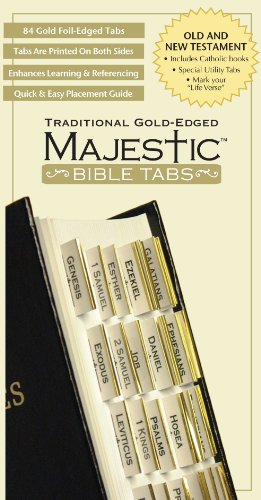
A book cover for Bible Tabs: Majestic Traditional Gold-Edged Tabs; Ellie Claire; Christian Books & Bibles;